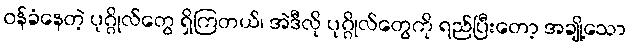
ဝန်ခံနေတဲ့ ပုဂ္ဂိုလ်တွေ ရှိကြတယ်၊ အဲဒီလို ပုဂ္ဂိုလ်တွေကို ရည်ပြီးတော့ အချို့သော